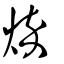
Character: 焠